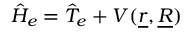
\hat { H } _ { e } = \hat { T } _ { e } + V ( \underline { { r } } , \underline { { R } } )